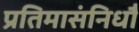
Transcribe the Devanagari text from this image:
प्रतिमासंनिधौ